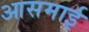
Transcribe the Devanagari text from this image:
आसमाई